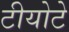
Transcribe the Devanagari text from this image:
टीयोटे